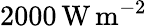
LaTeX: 2000\, \mathrm{{W\, m^{-2}}}